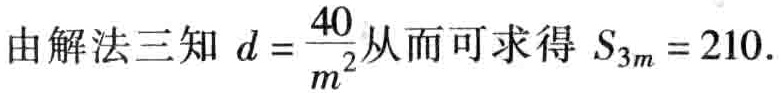
由解法三知 \(d = \frac{40}{m^{2}}\)从而可求得 \(S_{3m} = 210\).